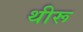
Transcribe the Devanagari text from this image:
थीरू